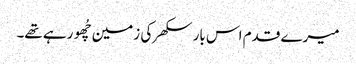
میرے قدم اس بار سکھر کی زمین چُھو رہے تھے۔